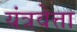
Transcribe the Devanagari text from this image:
यंत्रवेत्ता